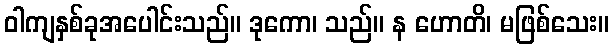
ဝါကျနှစ်ခုအပေါင်းသည်။ ဒုကော၊ သည်။ န ဟောတိ၊ မဖြစ်သေး။